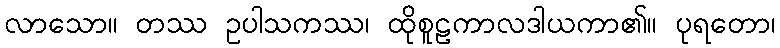
လာသော။ တဿ ဥပါသကဿ၊ ထိုစူဠကာလဒါယကာ၏။ ပုရတော၊